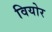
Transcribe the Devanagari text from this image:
वियोर